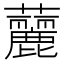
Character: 䕻